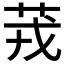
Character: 茙